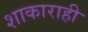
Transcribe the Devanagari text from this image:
शाकाराही